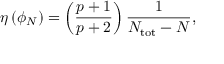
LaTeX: \eta \left( \phi _ { N } \right) = \left( { \frac { p + 1 } { p + 2 } } \right) { \frac { 1 } { N _ { \mathrm { t o t } } - N } } ,